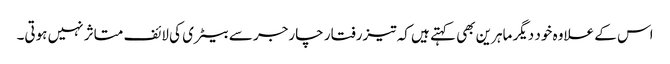
اس کے علاوہ خود دیگر ماہرین بھی کہتے ہیں کہ تیزرفتار چارجر سے بیٹری کی لائف متاثر نہیں ہوتی۔